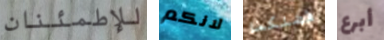
للإطمئنان لانكم فضلكما أبرع